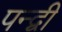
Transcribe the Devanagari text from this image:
पन्द्वी